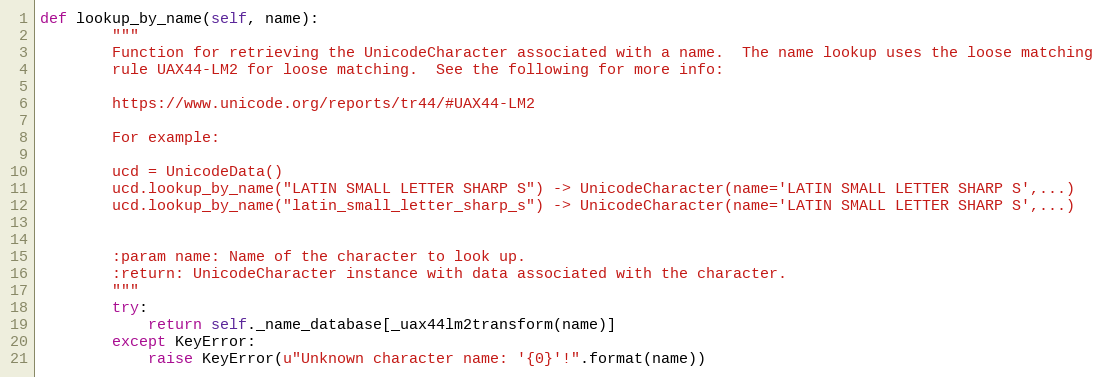
Language: Python
def lookup_by_name(self, name):
        """
        Function for retrieving the UnicodeCharacter associated with a name.  The name lookup uses the loose matching
        rule UAX44-LM2 for loose matching.  See the following for more info:

        https://www.unicode.org/reports/tr44/#UAX44-LM2

        For example:

        ucd = UnicodeData()
        ucd.lookup_by_name("LATIN SMALL LETTER SHARP S") -> UnicodeCharacter(name='LATIN SMALL LETTER SHARP S',...)
        ucd.lookup_by_name("latin_small_letter_sharp_s") -> UnicodeCharacter(name='LATIN SMALL LETTER SHARP S',...)

        :param name: Name of the character to look up.
        :return: UnicodeCharacter instance with data associated with the character.
        """
        try:
            return self._name_database[_uax44lm2transform(name)]
        except KeyError:
            raise KeyError(u"Unknown character name: '{0}'!".format(name))